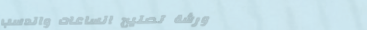
ورشة تصليح الساعات والدسب